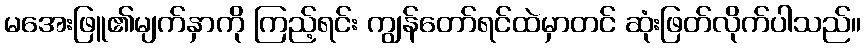
မအေးဖြူ၏မျက်နှာကို ကြည့်ရင်း ကျွန်တော်ရင်ထဲမှာတင် ဆုံးဖြတ်လိုက်ပါသည်။